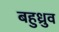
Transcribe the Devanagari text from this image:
बहुध्रुव